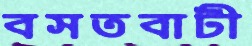
বসতবাটী